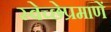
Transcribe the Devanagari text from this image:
स्वेच्छेप्रमाणें